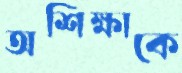
অশিক্ষাকে